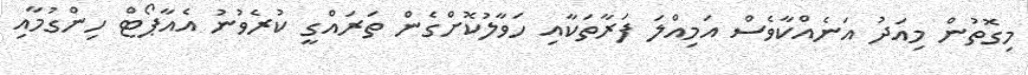
މިގޮތުން މިއަދު އަނެއްކާވެސް އަމިއްލަ ފަރާތަކާއި ހަވާލުކޮށްގެން ތަރައްގީ ކުރެވުނު އެއާޕޯޓް ހިންގުމާއި